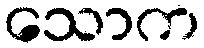
သောက